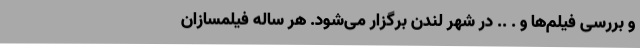
و بررسی فیلم‌ها و . .. در شهر لندن برگزار می‌شود. هر ساله فيلمسازان